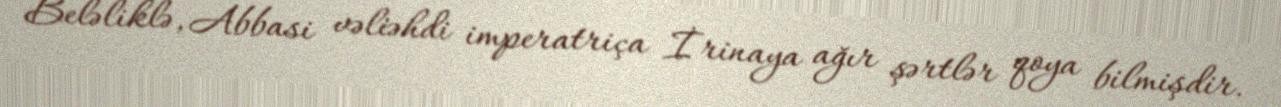
Beləliklə, Abbasi vəliəhdi imperatriça İrinaya ağır şərtlər qoya bilmişdir.